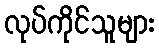
လုပ်ကိုင်သူများ